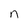
Character: n